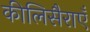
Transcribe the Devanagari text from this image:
कीलिसैराएँ